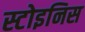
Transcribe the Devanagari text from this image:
स्टोइनिस